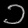
Digit: ၁